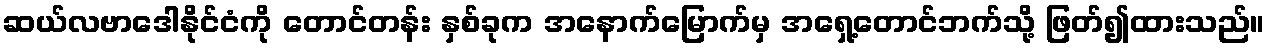
ဆယ်လဗာဒေါနိုင်ငံကို တောင်တန်း နှစ်ခုက အနောက်မြောက်မှ အရှေ့တောင်ဘက်သို့ ဖြတ်၍ထားသည်။